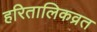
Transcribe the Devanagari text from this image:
हरितालिकव्रत